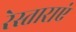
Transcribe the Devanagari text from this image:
रेस्ताराएं